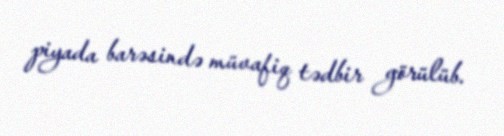
piyada barəsində müvafiq tədbir görülüb.